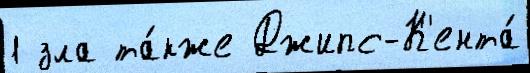
1 зла та́кже Джипс-К'ента́